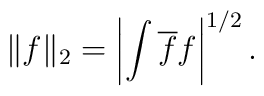
\|f\|_2 = \left|\int \overline f f\right|^{1/2}  .